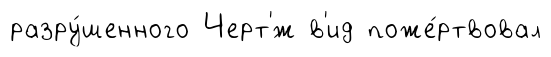
разру́шенного Черт'́ж в'ид поже́ртвовал